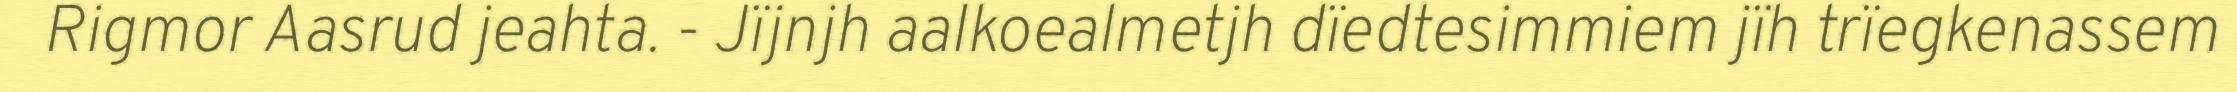
Rigmor Aasrud jeahta. - Jïjnjh aalkoealmetjh dïedtesimmiem jïh trïegkenassem